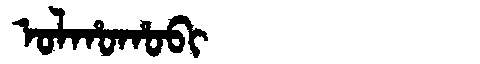
Manchu: ᠣᠯᡥᠣᡥᠣᠪᡳ
Romanization: OLHOHOBI